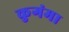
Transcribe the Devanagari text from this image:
कुगंमा